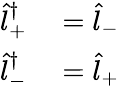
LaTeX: \begin{array}{rl}{\hat{l}_{+}^{\dagger}}&{{}=\hat{l}_{-}}\\ {\hat{l}_{-}^{\dagger}}&{{}=\hat{l}_{+}}\end{array}